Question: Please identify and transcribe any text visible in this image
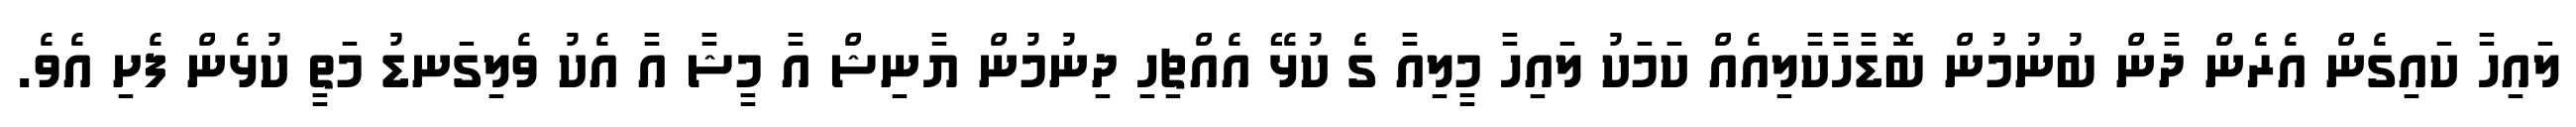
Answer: ލައިހާ ކައިގެން އެރެން ދާން ބުނުމުން ބޮޑާހާކާލިއެއް ކަމަކު ލައިހާ މީލިއާ ގެ ކުޅޭ އެއްޗިހި ދިނުމުން ޔާނިޝް އާ މީޝާ އާ އެކު ވެލިގަނޑު މަތީ ކުޅެން ފެށި އެވެ.